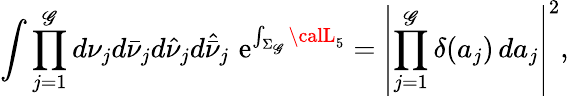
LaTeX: \int\prod_{j=1}^{\mathscr{G}}d\nu_{j}d\bar{{\nu}}_{j}d\hat{{\nu}}_{j}d\hat{{\bar{{\nu}}}}_{j}\, \, \mathrm{{e}}^{\int_{\Sigma_{\mathscr{G}}}{\calL}_{5}}=\left|\prod_{j=1}^{\mathscr{G}}\delta(a_{j})\, da_{j}\right|^{2},